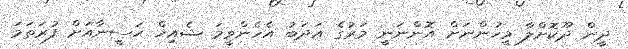
ދީން ދޫކޮށްލާ މީހުންނަށް އޮންނަނީ މަރުގެ އަދަބު އެހެންވީމަ ޝެއިޚް ޙަސީނާއަށް ފުރަތަމަ